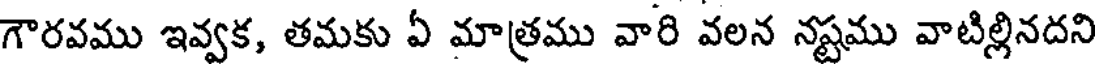
గౌరవము ఇవ్వక, తమకు ఏ మాత్రము వారి వలన నష్టము వాటిల్లినదని